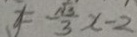
y = - \frac { \sqrt { 3 } } { 3 } x - 2